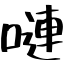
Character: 嗹